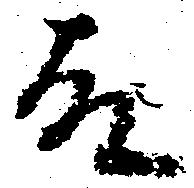
故